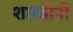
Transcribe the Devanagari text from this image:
शारबोनो